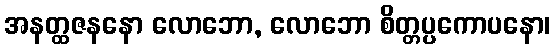
အနတ္ထဇနနော လောဘော, လောဘော စိတ္တပ္ပကောပနော၊